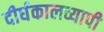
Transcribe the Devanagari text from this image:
दीर्घकालव्यापी